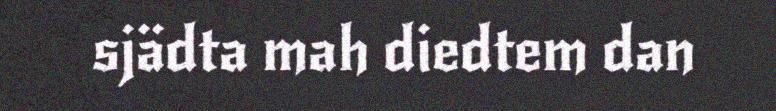
sjädta mah diedtem dan